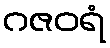
ဂဇဝရံ